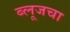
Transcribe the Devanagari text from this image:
ब्लूजचा